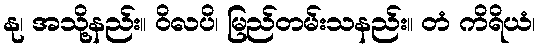
နု၊ အသို့နည်း။ ဝိလပိ၊ မြည်တမ်းသနည်း။ တံ ကိရိယံ၊